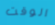
الوقت